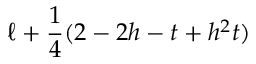
\ell + \frac { 1 } { 4 } ( 2 - 2 h - t + h ^ { 2 } t )